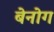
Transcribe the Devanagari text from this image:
बेनोग